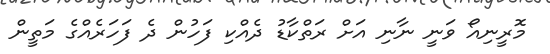
މޮރީނިއޯ ވަނީ ނާނި އަށް ރަތްކާޑު ދެއްކި ފަހުން ދެ ފަހަރެއްގެ މަތީން